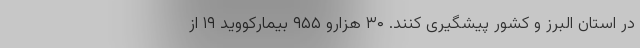
در استان البرز و کشور پیشگیری کنند. ۳۰ هزارو ۹۵۵ بیمارکووید ۱۹ از